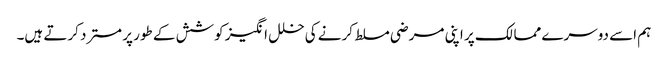
ہم اسے دوسرے ممالک پر اپنی مرضی مسلط کرنے کی خلل انگیز کوشش کے طور پر مسترد کرتے ہیں۔